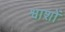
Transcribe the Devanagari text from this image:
श्वाशों